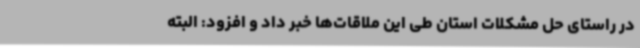
در راستای حل مشکلات استان طی این ملاقات‌ها خبر داد و افزود: البته